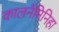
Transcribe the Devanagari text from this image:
कालनेमिनिहा